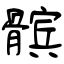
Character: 髌